Plague in India, 1896, 1897 - Volume 3
Year: 1896
Disease focus: Plague
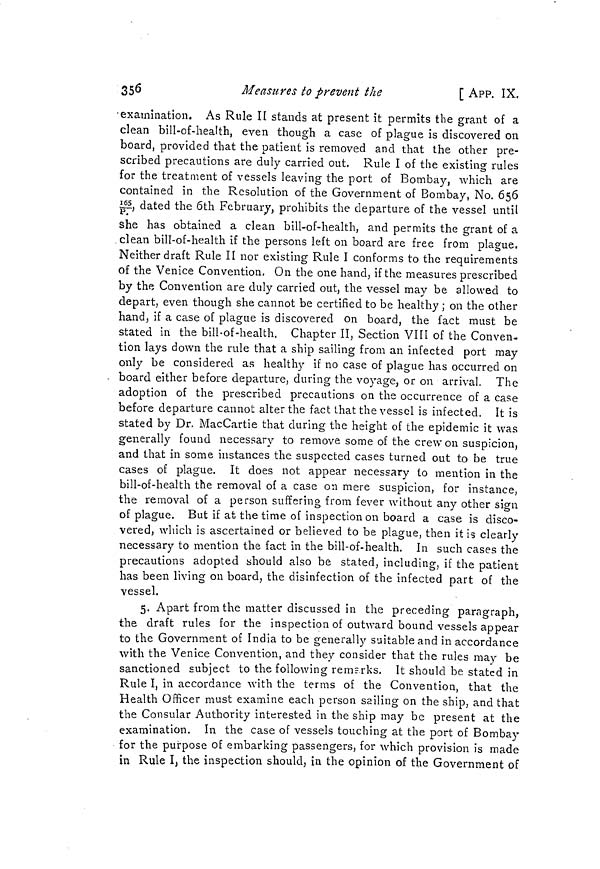
356
Measures to prevent the
[ APP. IX.
examination. As Rule II stands at present it permits the grant of a
clean bill-of-health, even though a case of plague is discovered on
board, provided that the patient is removed and that the other pre-
scribed precautions are duly carried out. Rule I of the existing rules
for the treatment of vessels leaving the port of Bombay, which are
contained in the Resolution of the Government of Bombay, No. 656
165/P, dated the 6th February, prohibits the departure of the vessel until
she has obtained a clean bill-of-health, and permits the grant of a
clean bill-of-health if the persons left on board are free from plague,
Neither draft Rule II nor existing Rule I conforms to the requirements
of the Venice Convention, On the one hand, if the measures prescribed
by the Convention are duly carried out, the vessel may be allowed to
depart, even though she cannot be certified to be healthy ; on the other
hand, if a case of plague is discovered on board, the fact must be
stated in the bill-of-health. Chapter II, Section VIII of the Conven-
tion lays down the rule that a ship sailing from an infected port may
only be considered as healthy if no case of plague has occurred on
- board either before departure, during the voyage, or on arrival. The
adoption of the prescribed precautions on the occurrence of a case
before departure cannot alter the fact that the vessel is infected. It is
stated by Dr. MacCartie that during the height of the epidemic it was
generally found necessary to remove some of the crew on suspicion,
and that in some instances the suspected cases turned out to be true
cases of plague. It does not appear necessary to mention in the
bill-of-health the removal of a case on mere suspicion, for instance,
the removal of a person suffering from fever without any other sign
of plague. But if at the time of inspection on board a case is disco-
vered, which is ascertained or believed to be plague, then it is clearly
necessary to mention the fact in the bill-of-health. In such cases the
precautions adopted should also be stated, including, if the patient
has been living on board, the disinfection of the infected part of the
vessel.
5. Apart from the matter discussed in the preceding paragraph,
the draft rules for the inspection of outward bound vessels appear
to the Government of India to be generally suitable and in accordance
with the Venice Convention, and they consider that the rules may be
sanctioned subject to the following remarks. It should be stated in
Rule I, in accordance with the terms of the Convention, that the
Health Officer must examine each person sailing on the ship, and that
the Consular Authority interested in the ship may be present at the
examination. In the case of vessels touching at the port of Bombay
for the purpose of embarking passengers, for which provision is made
in Rule I, the inspection should, in the opinion of the Government of